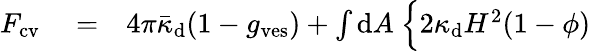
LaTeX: \begin{array}{rlr}{F_{\mathrm{cv}}}&{{}=}&{4\pi\bar{\kappa}_{\mathrm{d}}(1-g_{\mathrm{ves}})+\int{\mathrm{d}}A\ \Big\{ 2\kappa_{\mathrm{d}}H^{2}(1-\phi)}\end{array}